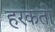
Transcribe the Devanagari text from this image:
हरकतो